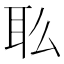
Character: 𰭳